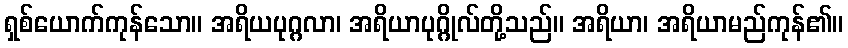
ရှစ်ယောက်ကုန်သော။ အရိယပုဂ္ဂလာ၊ အရိယာပုဂ္ဂိုလ်တို့သည်။ အရိယာ၊ အရိယာမည်ကုန်၏။